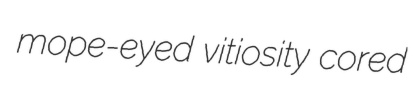
mope-eyed vitiosity cored